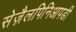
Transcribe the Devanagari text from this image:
सेज़ैलपिनिआपडी